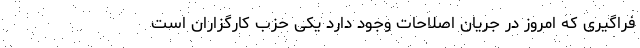
فراگیری که امروز در جریان اصلاحات وجود دارد یکی حزب کارگزاران است